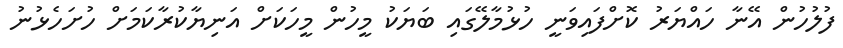
ފުލުހުން އޭނާ ހައްޔަރު ކޮށްފައިވަނީ ހުޅުމާލޭގައި ބަޔަކު މީހުން މީހަކަށް އަނިޔާކުރާކަމަށް ހުށަހެޅުނު